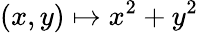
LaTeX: (x,y)\mapsto x^{2}+y^{2}